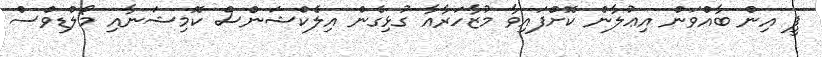
ޕީ އިން ބާއްވަން އިޢުލާން ކޮށްފައިވާ މުޒާހަރާއާ ގުޅިގެން އިލެކްޝަންސް ކޮމިޝަނާއި މޯލްޑިވްސް